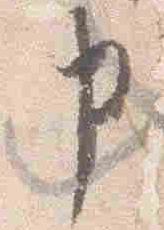
申